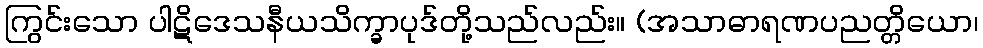
ကြွင်းသော ပါဋိဒေသနီယသိက္ခာပုဒ်တို့သည်လည်း။ (အသာဓာရဏပညတ္တိယော၊